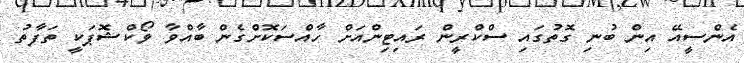
އެންސީއޭ އިން ބުނި ގޮތުގައި ސްކްރީން ރައިޓިންއަށް ހާއްސަކޮށްގެން ބާއްވާ ވޯކްޝޮޕަކީ ތަފާތު